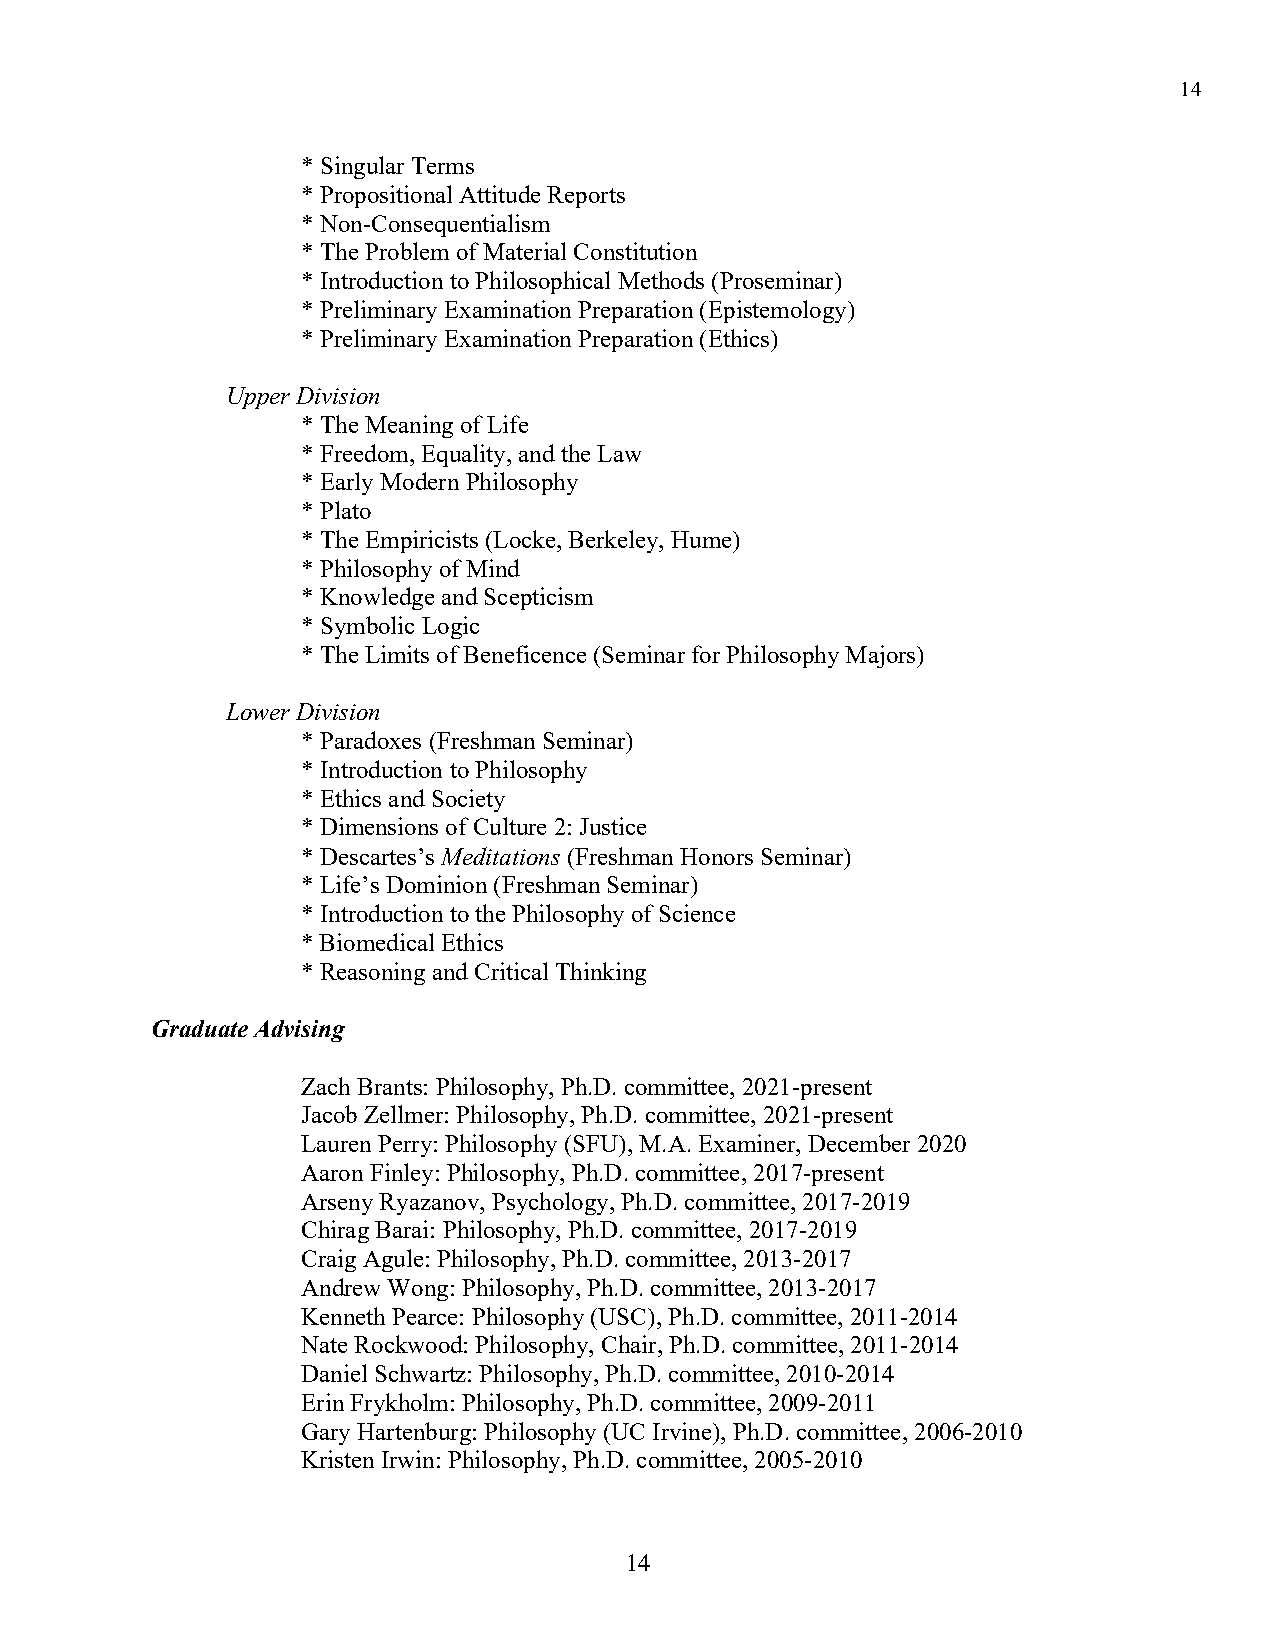
14
 * Singular Terms
 * Propositional Attitude Reports
 * Non-Consequentialism
 * The Problem of Material Constitution
 * Introduction to Philosophical Methods (Proseminar)
 * Preliminary Examination Preparation (Epistemology)
 * Preliminary Examination Preparation (Ethics)
 Upper Division
 * The Meaning of Life
 * Freedom, Equality, and the Law
 * Early Modern Philosophy
 * Plato
 * The Empiricists (Locke, Berkeley, Hume)
 * Philosophy of Mind
 * Knowledge and Scepticism
 * Symbolic Logic
 * The Limits of Beneficence (Seminar for Philosophy Majors)
 Lower Division
 * Paradoxes (Freshman Seminar)
 * Introduction to Philosophy
 * Ethics and Society
 * Dimensions of Culture 2: Justice
 * Descartes’s Meditations (Freshman Honors Seminar)
 * Life’s Dominion (Freshman Seminar)
 * Introduction to the Philosophy of Science
 * Biomedical Ethics
 * Reasoning and Critical Thinking
 Graduate Advising
 Zach Brants: Philosophy, Ph.D. committee, 2021-present
 Jacob Zellmer: Philosophy, Ph.D. committee, 2021-present
 Lauren Perry: Philosophy (SFU), M.A. Examiner, December 2020
 Aaron Finley: Philosophy, Ph.D. committee, 2017-present
 Arseny Ryazanov, Psychology, Ph.D. committee, 2017-2019
 Chirag Barai: Philosophy, Ph.D. committee, 2017-2019
 Craig Agule: Philosophy, Ph.D. committee, 2013-2017
 Andrew Wong: Philosophy, Ph.D. committee, 2013-2017
 Kenneth Pearce: Philosophy (USC), Ph.D. committee, 2011-2014
 Nate Rockwood: Philosophy, Chair, Ph.D. committee, 2011-2014
 Daniel Schwartz: Philosophy, Ph.D. committee, 2010-2014
 Erin Frykholm: Philosophy, Ph.D. committee, 2009-2011
 Gary Hartenburg: Philosophy (UC Irvine), Ph.D. committee, 2006-2010
 Kristen Irwin: Philosophy, Ph.D. committee, 2005-2010
 14